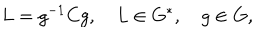
L = g ^ { - 1 } C g , \quad L \in G ^ { * } , \quad g \in G ,